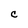
Character: c